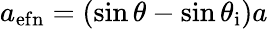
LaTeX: a_{\mathrm{{ef}n}}=(\sin{\theta}-\sin{\theta_{\mathrm{{i}}}})a